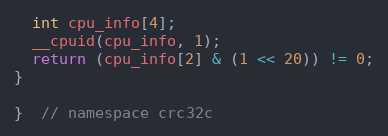
Language: C
  int cpu_info[4];
  __cpuid(cpu_info, 1);
  return (cpu_info[2] & (1 << 20)) != 0;
}

}  // namespace crc32c